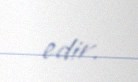
edir.